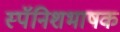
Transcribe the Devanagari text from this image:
स्पॅनिशभाषक